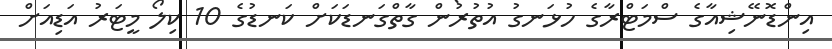
އިންޑޮނޭޝިއާގެ ސްމަޓްރާގެ ހުޅަނގު އުތުރުން ގާތްގަނޑަކަށް ކަނޑުގެ 10 ކިލޯ މީޓަރު އަޑިއަށް